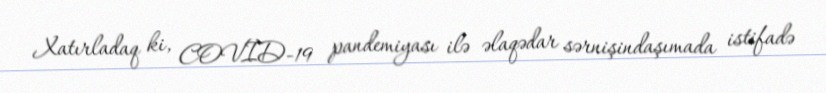
Xatırladaq ki, COVİD-19 pandemiyası ilə əlaqədar sərnişindaşımada istifadə